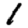
Digit: 1